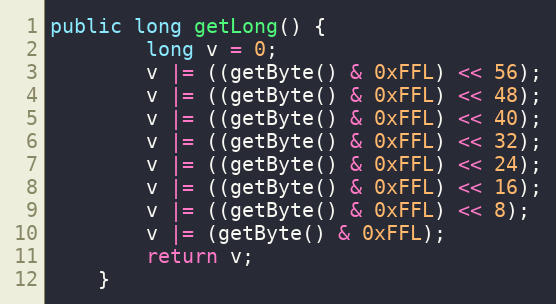
Language: Java
public long getLong() {
		long v = 0;
		v |= ((getByte() & 0xFFL) << 56);
		v |= ((getByte() & 0xFFL) << 48);
		v |= ((getByte() & 0xFFL) << 40);
		v |= ((getByte() & 0xFFL) << 32);
		v |= ((getByte() & 0xFFL) << 24);
		v |= ((getByte() & 0xFFL) << 16);
		v |= ((getByte() & 0xFFL) << 8);
		v |= (getByte() & 0xFFL);
		return v;
	}